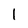
Character: l